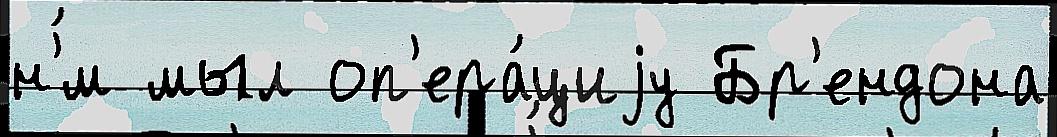
н'́м мыл оп'ера́циjу Бр'ендона